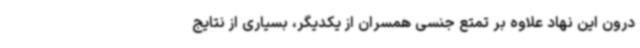
درون این نهاد علاوه بر تمتع جنسی همسران از یکدیگر، بسیاری از نتایج